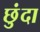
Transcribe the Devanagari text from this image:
छुंदा